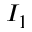
I _ { 1 }